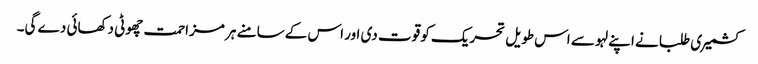
کشمیری طلبا نے اپنے لہو سے اس طویل تحریک کو قوت دی اور اس کے سامنے ہر مزاحمت چھوٹی دکھائی دے گی۔